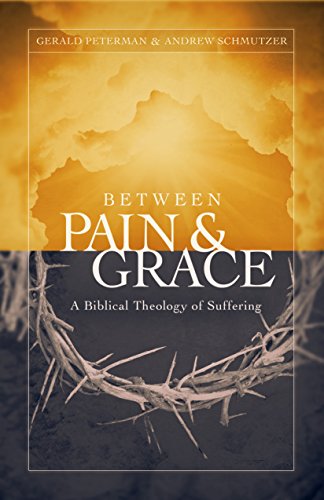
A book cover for Between Pain and Grace: A Biblical Theology of Suffering; Gerald W. Peterman; Christian Books & Bibles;